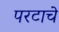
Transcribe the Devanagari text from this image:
परटाचे